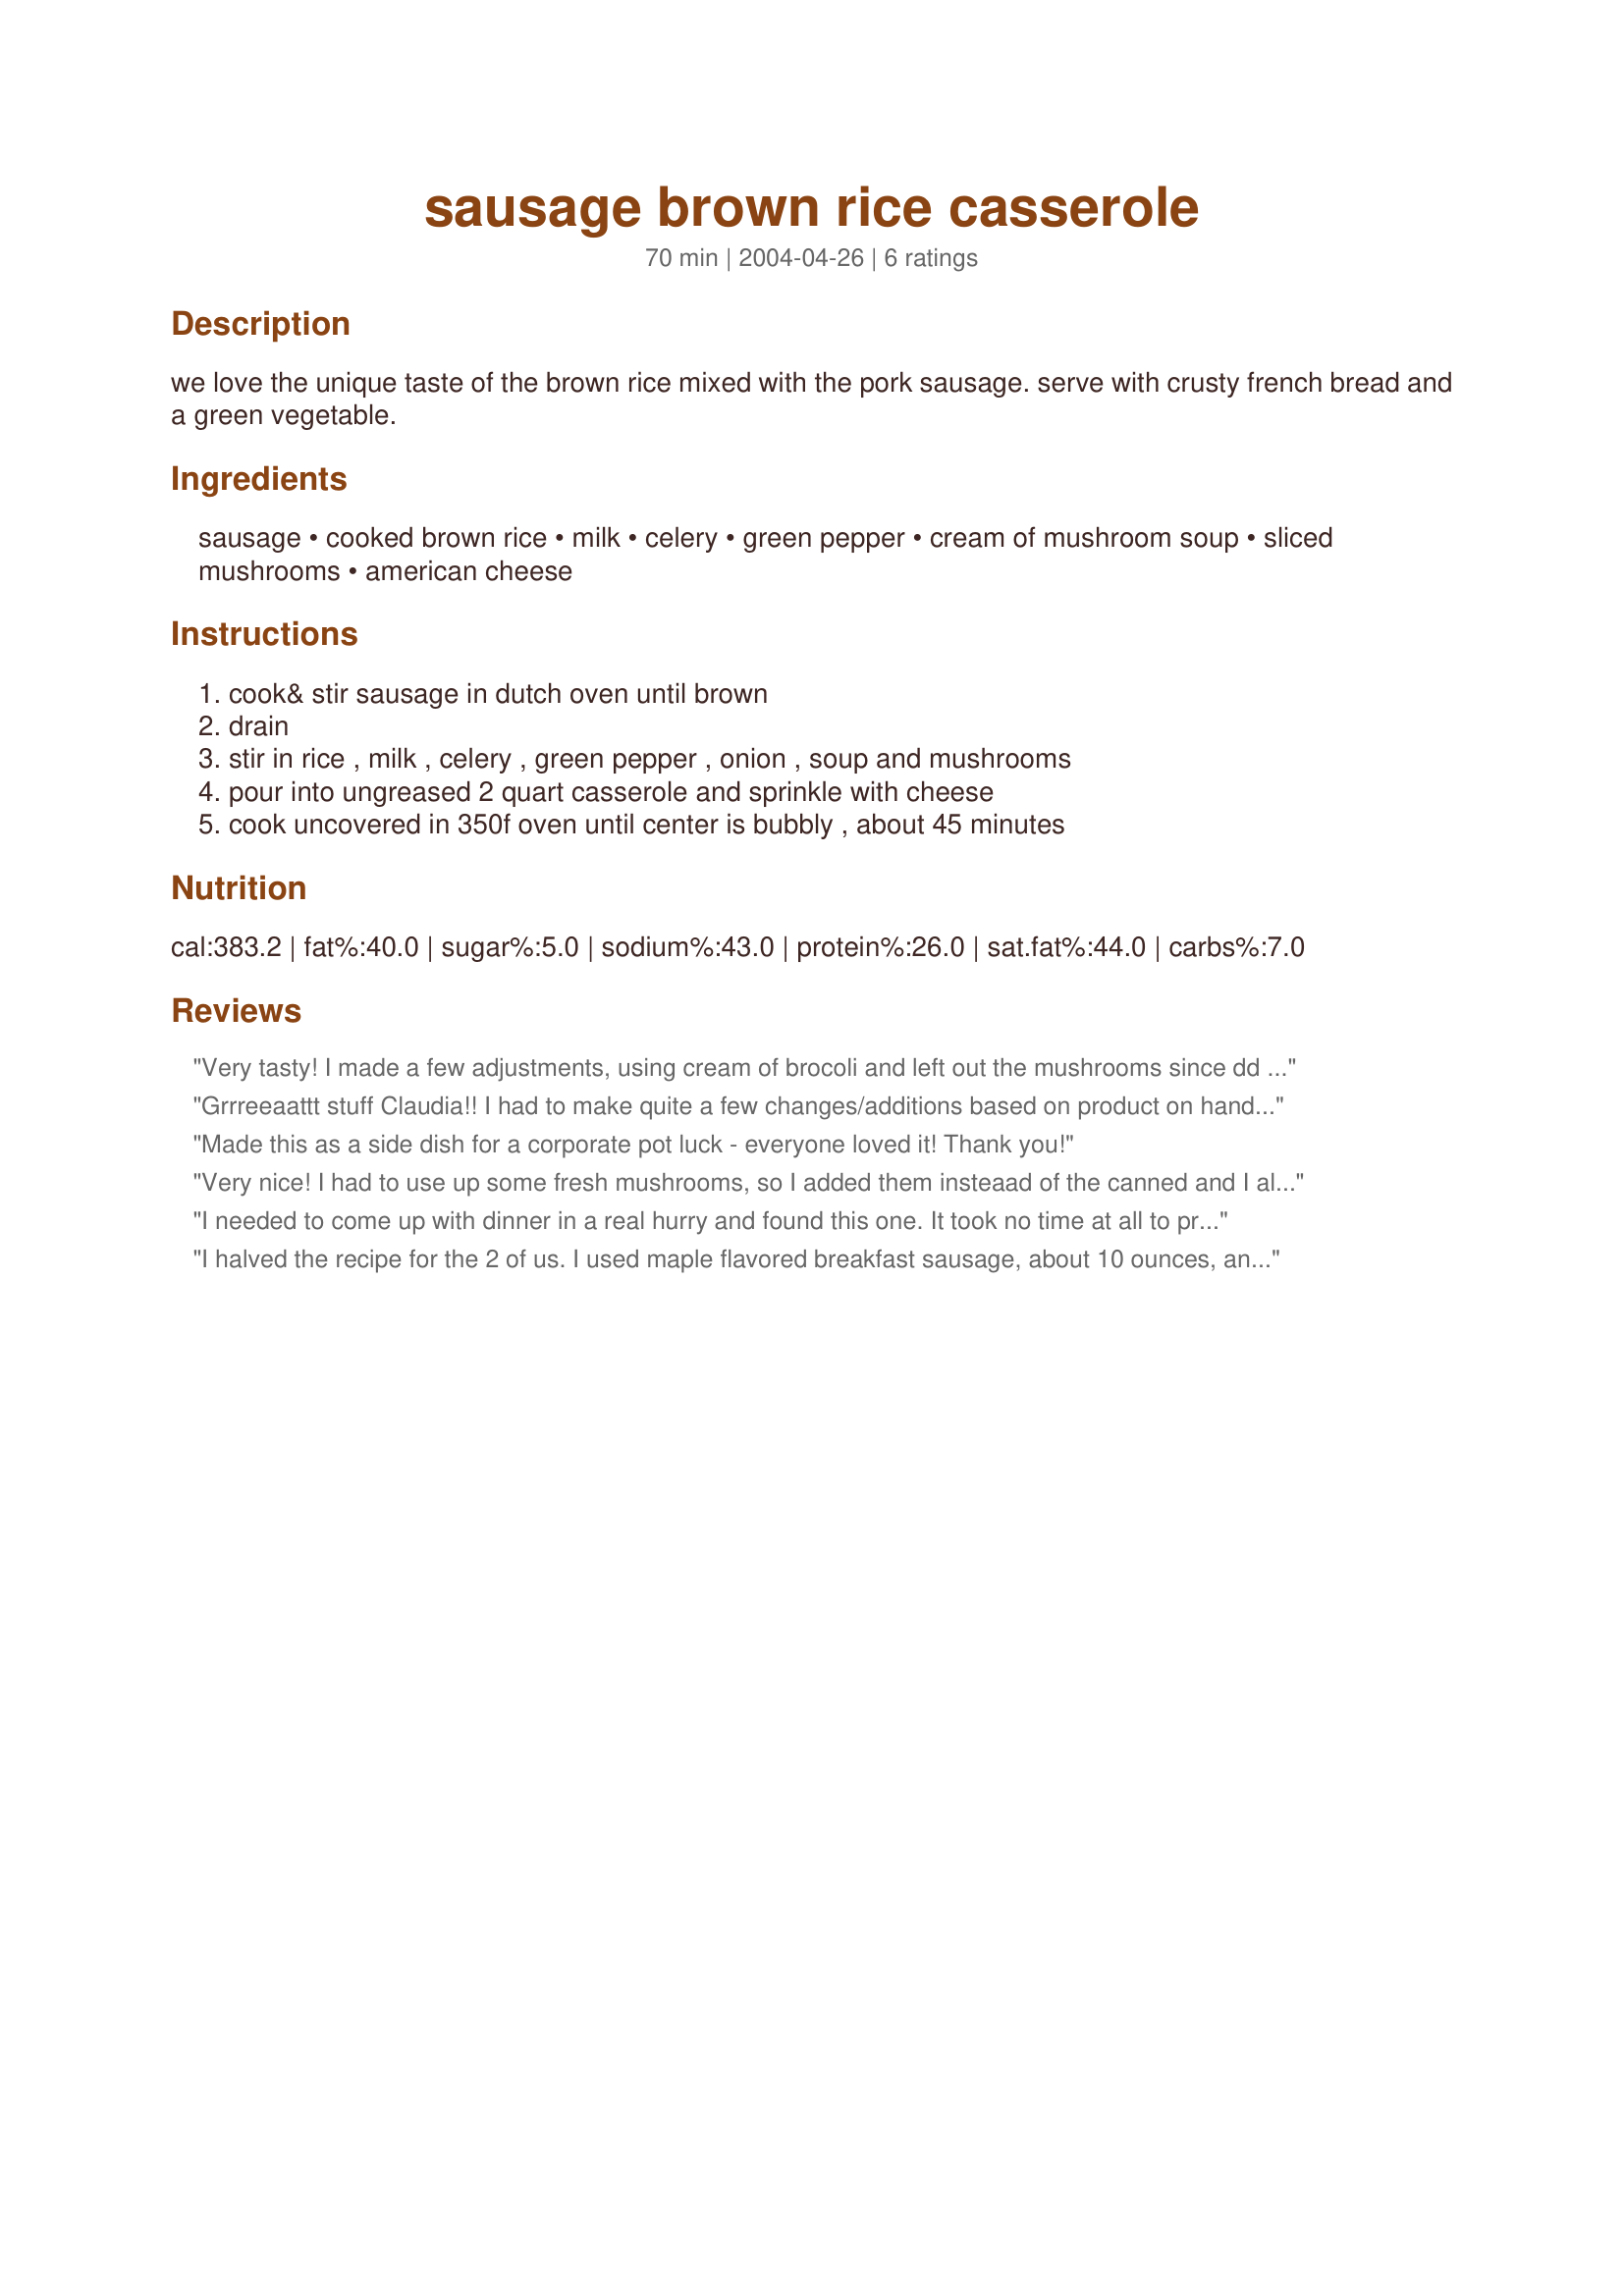
sausage brown rice casserole
Preparation time: 70 minutes

we love the unique taste of the brown rice mixed with the pork sausage. serve with crusty french bread and a green vegetable.

Ingredients:
sausage, cooked brown rice, milk, celery, green pepper, cream of mushroom soup, sliced mushrooms, american cheese

Steps:
cook& stir sausage in dutch oven until brown, drain, stir in rice , milk , celery , green pepper , onion , soup and mushrooms, pour into ungreased 2 quart casserole and sprinkle with cheese, cook uncovered in 350f oven until center is bubbly , about 45 minutes

Reviews:
Very tasty! I made a few adjustments, using cream of brocoli and left out the mushrooms since dd and I REALLY dont like mushrooms. Turned out great! Not a single left over which is always a plus for me. :) Thanks for a good one!
Grrreeaattt stuff Claudia!! I had to make quite a few changes/additions based on product on hand, but this was amazing!!! I had to make a &quot;cream soup&quot; base because I didn&#039;t have any.... this entailed making a roux, adding chicken broth granules to soy milk and simmering that for a while. There is lactose intolerance here so I didn&#039;t do the cheese. Broccoli was on major sale this week so I had a lot and I broke up florets and put it all over the top and then sprinkled progresso bread crumbs all over it and baked that baby as directed. I also diced up carrots and celery in addition to the green pepper. SO, quite a bit of changing and re-arranging, but your concept was there and I loved it!!! Thanks so much Claudia!
Made this as a side dish for a corporate pot luck - everyone loved it! Thank you!
Very nice! I had to use up some fresh mushrooms, so I added them insteaad of the canned and I also increased the amount of green pepper to an entire one. :)
I needed to come up with dinner in a real hurry and found this one. It took no time at all to prepare, and I had all the ingredients on hand, and it was so tasty! I served this with my Green Beans with Cherry Tomatoes...a perfect match. Thanks so much for sharing this great recipe, Claudia Dawn. It's a keeper for sure. 

I halved the recipe for the 2 of us. I used maple flavored breakfast sausage, about 10 ounces, and cut them up into 1" pieces after they were cooked. I had 1/2 can of celery soup that I wanted to use up so I used that and 1/2 of a 10 ounce can of sliced mushrooms, we like mushrooms. Used about 1/2 cup shredded cheddar cheese. Baked for 30 minutes. It was delicious and I will make this again, thanks for posting.
